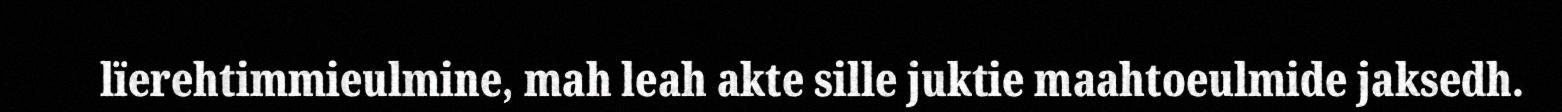
lïerehtimmieulmine, mah leah akte sille juktie maahtoeulmide jaksedh.